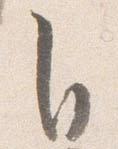
自